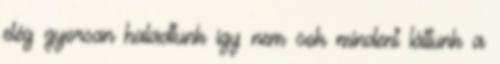
elég gyorsan haladtunk így nem sok mindent láttunk a